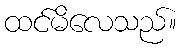
ထင်မိလေသည်။